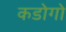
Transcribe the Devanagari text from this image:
कडोगो